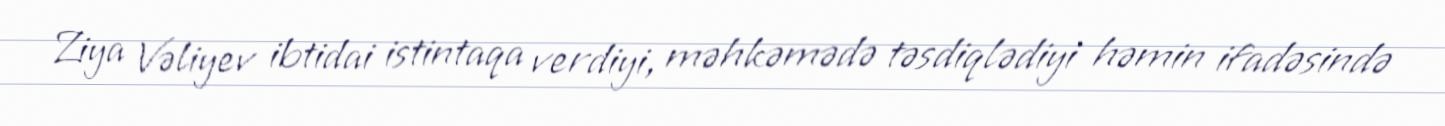
Ziya Vəliyev ibtidai istintaqa verdiyi, məhkəmədə təsdiqlədiyi həmin ifadəsində